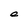
Character: e